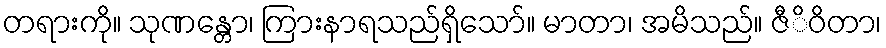
တရားကို။ သုဏန္တော၊ ကြားနာရသည်ရှိသော်။ မာတာ၊ အမိသည်။ ဇီိဝိတာ၊